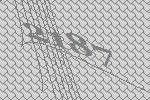
2187